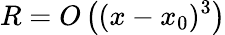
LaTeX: R=O\left((x-x_{0})^{3}\right)